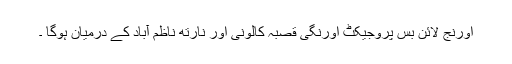
اورنج لائن بس پروجیکٹ اورنگی قصبہ کالونی اور نارتھ ناظم آباد کے درمیان ہوگا ۔